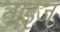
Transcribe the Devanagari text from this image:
नाइज़